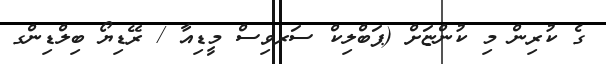
ގެ ކުރިން މި ކުންޏަށް (ޕަބްލިކް ސަރވިސް މީޑިއާ / ރޭޑިޔޯ ބިލްޑިންގ